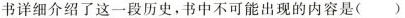
书详细介绍了这一段历史，书中不可能出现的内容是( )